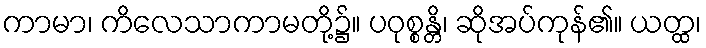
ကာမာ၊ ကိလေသာကာမတို့၌။ ပဝုစ္စန္တိ၊ ဆိုအပ်ကုန်၏။ ယတ္ထ၊